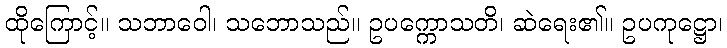
ထိုကြောင့်။ သဘာဝေါ၊ သဘောသည်။ ဥပက္ကောသတိ၊ ဆဲရေး၏။ ဥပကုဋ္ဌော၊